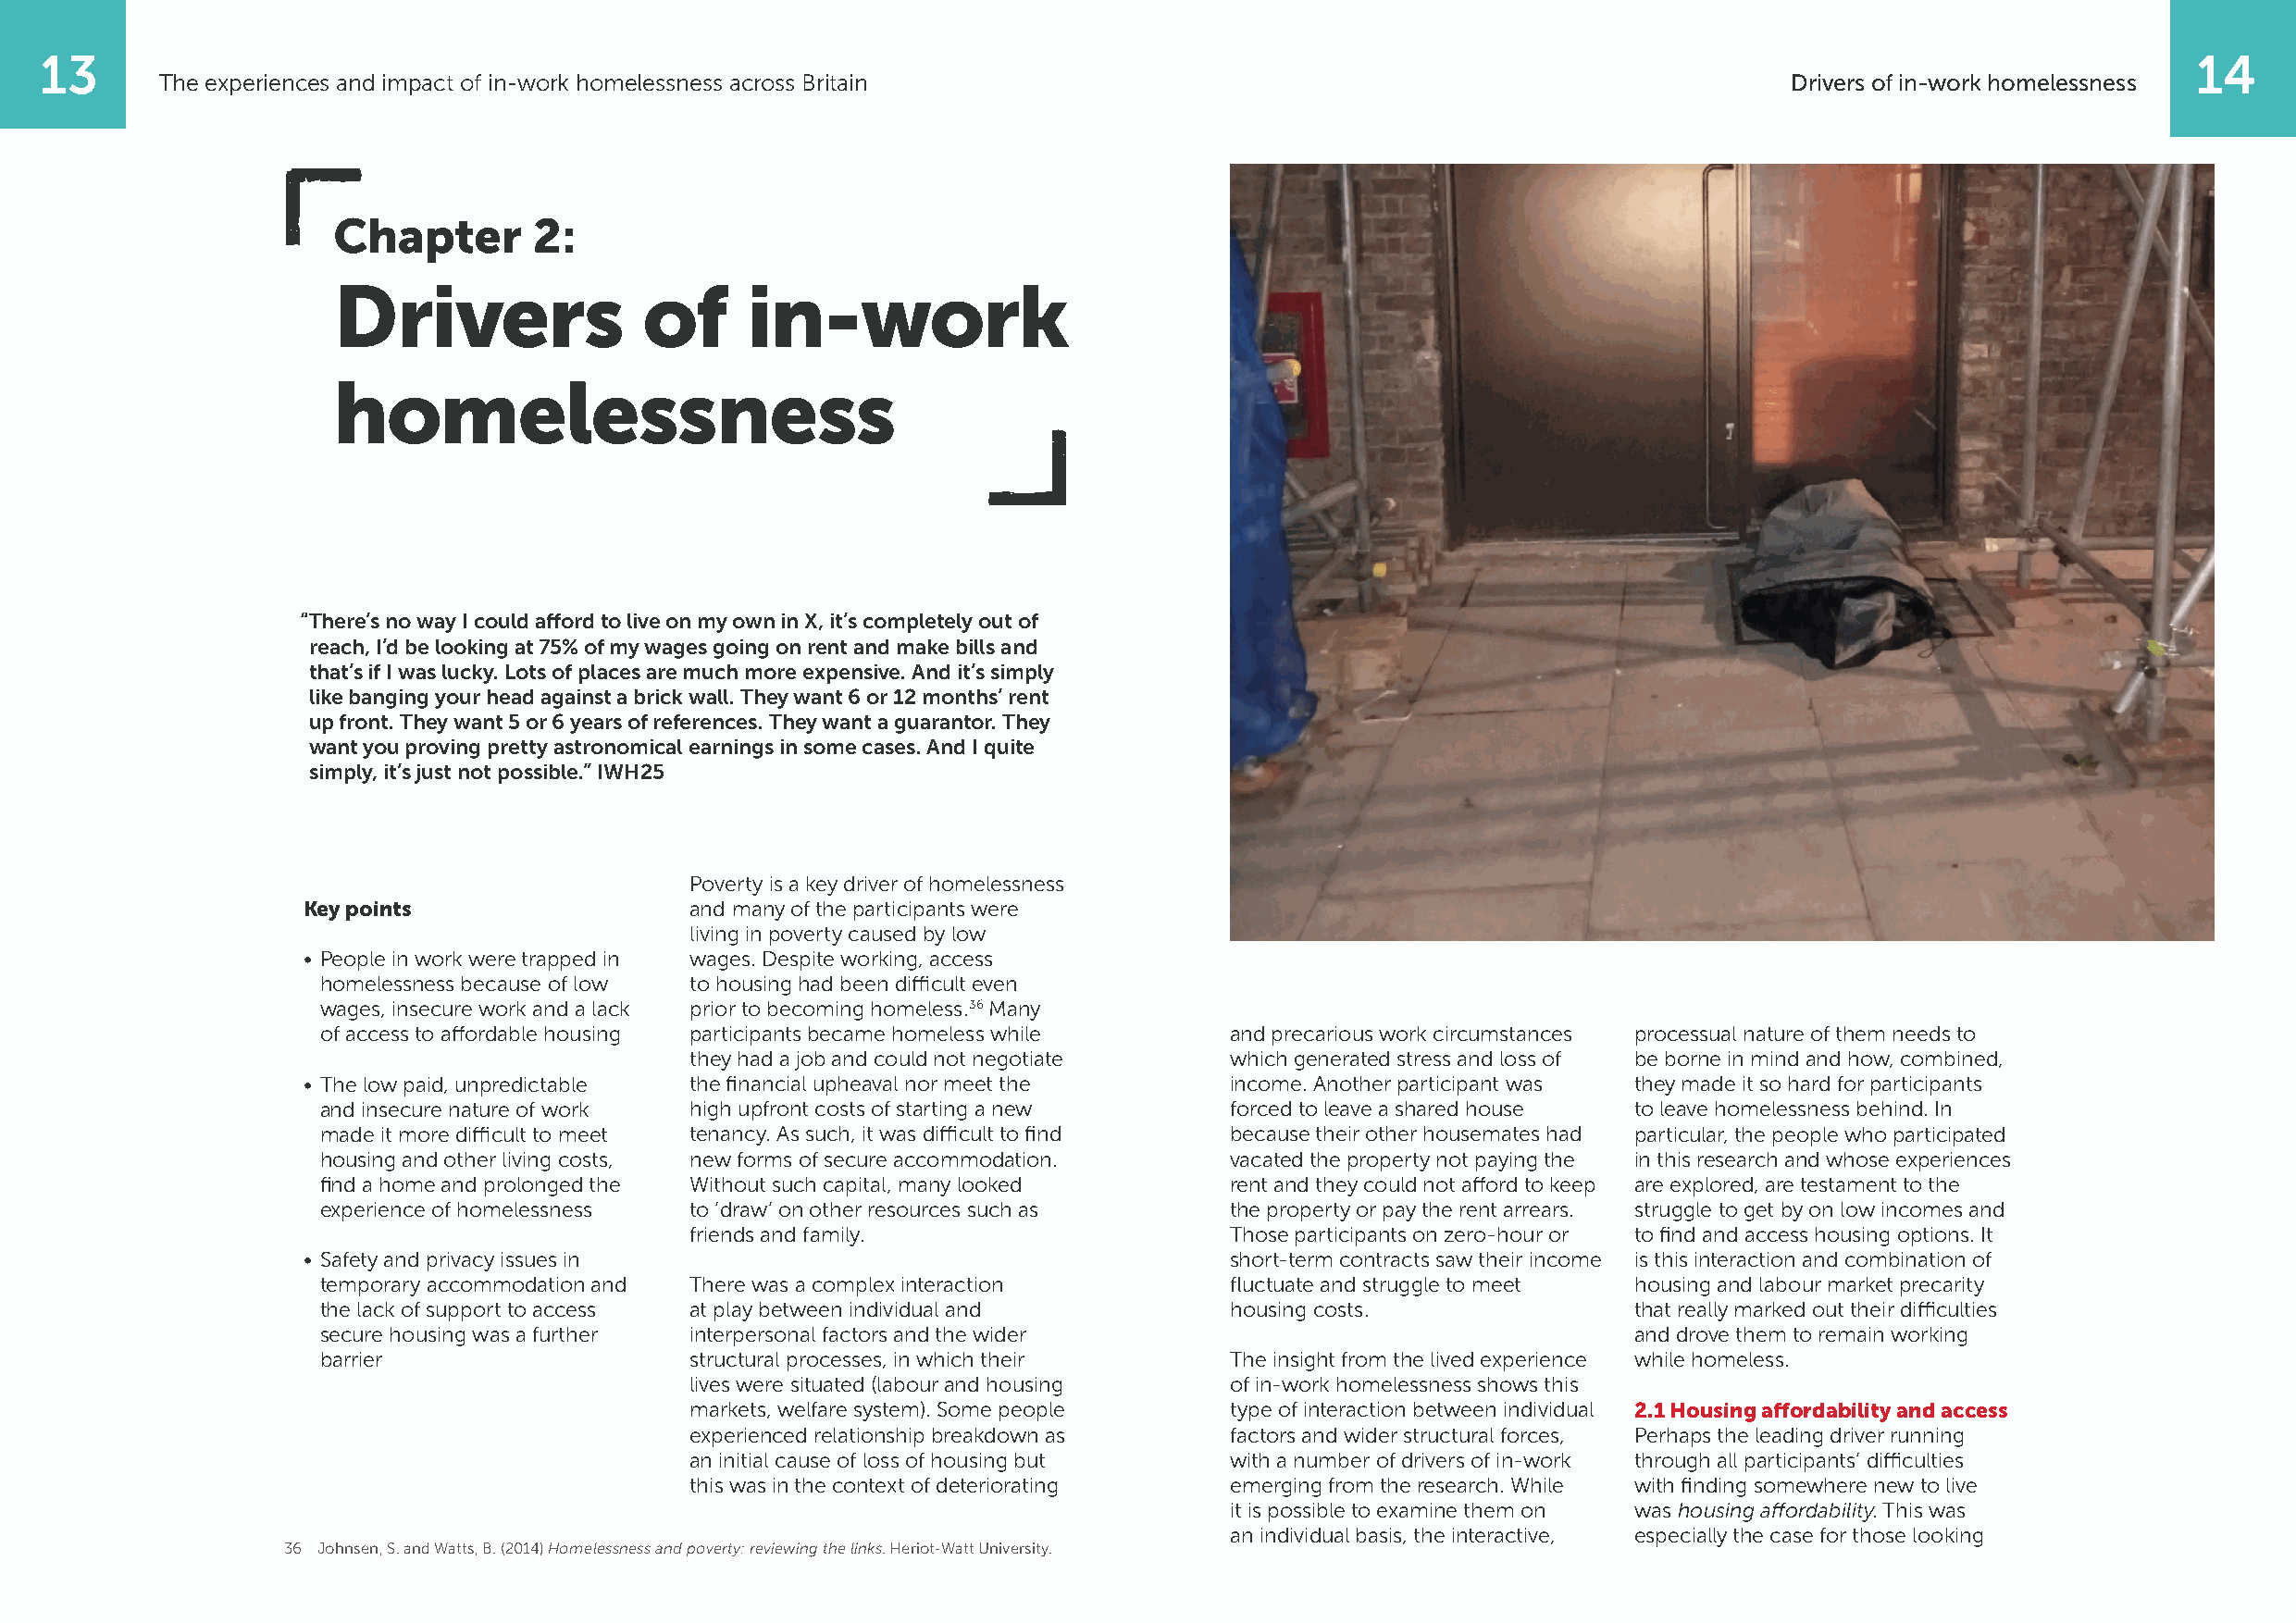
13                                                                                                                                                        14
 The experiences and impact of in-work homelessness across Britain                                                    Drivers of in-work homelessness
 Chapter       2:
 Drivers               of     in-work
 homelessness
 “ There’s no way I could afford to live on my own in X, it’s completely out of
 reach, I’d be looking at 75% of my wages going on rent and make bills and
 that’s if I was lucky. Lots of places are much more expensive. And it’s simply
 like banging your head against a brick wall. They want 6 or 12 months’ rent
 up front. They want 5 or 6 years of references. They want a guarantor. They
 want you proving pretty astronomical earnings in some cases. And I quite
 simply, it’s just not possible.” IWH25
 Poverty is a key driver of homelessness
 Key points                 and many of the participants were
 living in poverty caused by low
 • People in work were trapped in wages. Despite working, access
 homelessness because of low to housing had been difficult even
 wages, insecure work and a lack prior to becoming homeless.36 Many
 of access to affordable housing participants became homeless while and precarious work circumstances processual nature of them needs to
 they had a job and could not negotiate which generated stress and loss of be borne in mind and how, combined,
 • The low paid, unpredictable the financial upheaval nor meet the income. Another participant was they made it so hard for participants
 and insecure nature of work high upfront costs of starting a new forced to leave a shared house to leave homelessness behind. In
 made it more difficult to meet tenancy. As such, it was difficult to find because their other housemates had particular, the people who participated
 housing and other living costs, new forms of secure accommodation. vacated the property not paying the in this research and whose experiences
 find a home and prolonged the Without such capital, many looked  rent and they could not afford to keep are explored, are testament to the
 experience of homelessness to ‘draw’ on other resources such as  the property or pay the rent arrears. struggle to get by on low incomes and
 friends and family.                    Those participants on zero-hour or to find and access housing options. It
 • Safety and privacy issues in                                    short-term contracts saw their income is this interaction and combination of
 temporary accommodation and There was a complex interaction      fluctuate and struggle to meet housing and labour market precarity
 the lack of support to access at play between individual and     housing costs.               that really marked out their difficulties
 secure housing was a further interpersonal factors and the wider                              and drove them to remain working
 barrier                   structural processes, in which their   The insight from the lived experience while homeless.
 lives were situated (labour and housing of in-work homelessness shows this
 markets, welfare system). Some people  type of interaction between individual 2.1 Housing affordability and access
 experienced relationship breakdown as  factors and wider structural forces, Perhaps the leading driver running
 an initial cause of loss of housing but with a number of drivers of in-work through all participants’ difficulties
 this was in the context of deteriorating emerging from the research. While with finding somewhere new to live
 it is possible to examine them on was housing affordability. This was
 an individual basis, the interactive, especially the case for those looking
 36 J ohnsen, S. and Watts, B. (2014) Homelessness and poverty: reviewing the links. Heriot-Watt University.